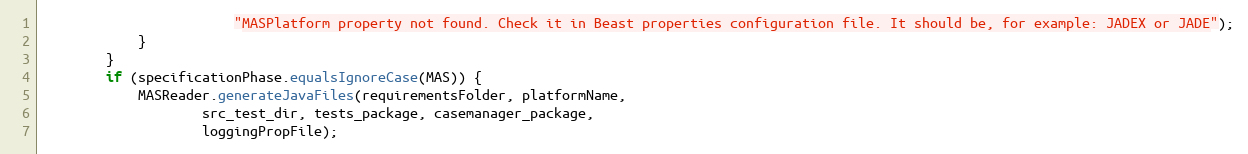
Language: Java
                        "MASPlatform property not found. Check it in Beast properties configuration file. It should be, for example: JADEX or JADE");
            }
        }
        if (specificationPhase.equalsIgnoreCase(MAS)) {
            MASReader.generateJavaFiles(requirementsFolder, platformName,
                    src_test_dir, tests_package, casemanager_package,
                    loggingPropFile);